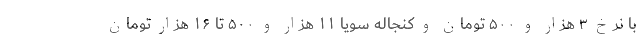
با نرخ ۳ هزار و ۵۰۰ تومان و کنجاله سویا ۱۱ هزار و ۵۰۰ تا ۱۶ هزار تومان